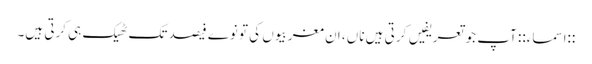
::اسماء:: آپ جو تعریفیں کرتی ہیں ناں، ان مغربیوں کی تو نوے فیصد تک ٹھیک ہی کرتی ہیں۔